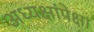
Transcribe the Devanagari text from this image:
अध्यक्षांपेक्षा